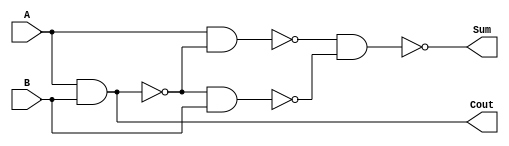
module HalfAdd (Cout, Sum, A, B);
/*This module describes a Half Adder using structural logic*
*in Verilog HDL.*/

input A, B; //declare inputs
output Cout, Sum; //declare outputs

/*Internal Wires*/
wire W1, W2, W3;

/*Instantiate gate-level modules*/
nand (W1, A, B);
nand (W2, A, W1);
nand (W3, W1, B);
nand (Sum, W2, W3); //Sum is nand of results from internal W2 and W3
nand (Cout, W1, W1); //Cout is nand of W1 and W1 for optimal designing

endmodule //designate end of module